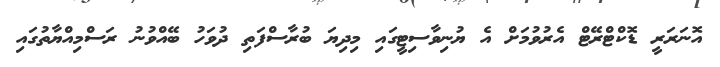
އޮނަރަރީ ޑޮކްޓްރޭޓް އެރުވުމަށް އެ ޔުނިވާސިޓީގައި މިދިޔަ ބުރާސްފަތި ދުވަހު ބޭއްވުނު ރަސްމިއްޔާތުގައި